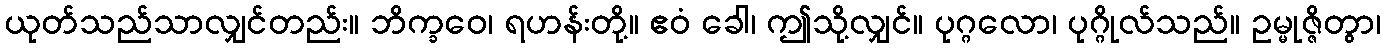
ယုတ်သည်သာလျှင်တည်း။ ဘိက္ခဝေ၊ ရဟန်းတို့။ ဧဝံ ခေါ၊ ဤသို့လျှင်။ ပုဂ္ဂလော၊ ပုဂ္ဂိုလ်သည်။ ဥမ္မုဇ္ဇိတွာ၊